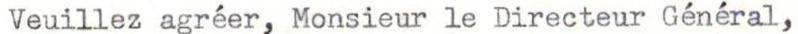
Veuillez agréer, Monsieur le Directeur Général,